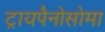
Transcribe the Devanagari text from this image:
ट्रायपैनोसोमा